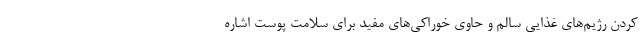
کردن رژیم‌های غذایی سالم و حاوی خوراکی‌های مفید برای سلامت پوست اشاره